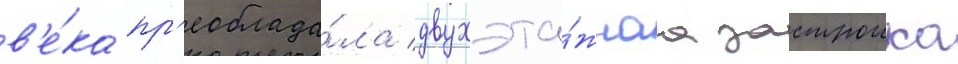
в'е́ка пр'еоблада́ла двухэта́жнаа застроика